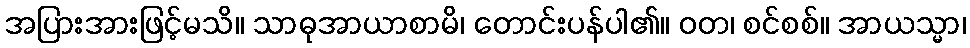
အပြားအားဖြင့်မသိ။ သာဓုအာယာစာမိ၊ တောင်းပန်ပါ၏။ ဝတ၊ စင်စစ်။ အာယသ္မာ၊